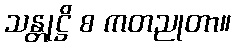
သန္တုဋ္ဌိ စ ကတညုတာ။